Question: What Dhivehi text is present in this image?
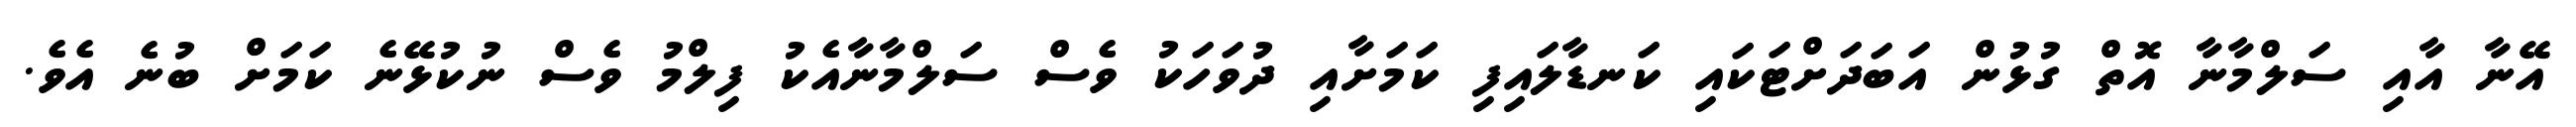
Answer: އޭނާ އާއި ސަލްމާނާ އޮތް ގުޅުން އަބަދަށްޓަކައި ކަނޑާލައިފި ކަމަށާއި ދުވަހަކު ވެސް ސަލްމާނާއެކު ފިލްމު ވެސް ނުކުޅޭނެ ކަމަށް ބުނެ އެވެ.